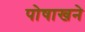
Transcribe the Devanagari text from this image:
पोषाखने